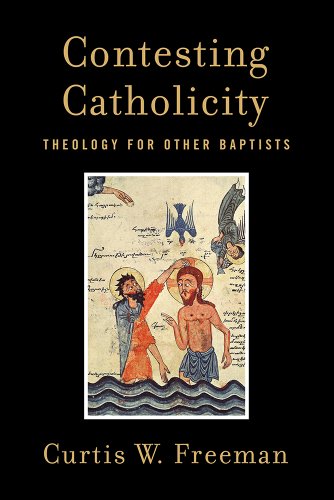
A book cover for Contesting Catholicity: Theology for Other Baptists; Curtis Freeman; Christian Books & Bibles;